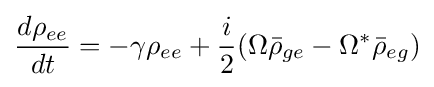
{\frac {d\rho _{ee}}{dt}}=-\gamma \rho _{ee}+{\frac {i}{2}}(\Omega {\bar {\rho }}_{ge}-\Omega ^{*}{\bar {\rho }}_{eg})